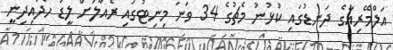
އަލްމޭރިއާގެ ދަނޑުގައި ކުޅުނު މެޗުގެ 34 ވަނަ މިނިޓުގައި ރެއާލަށް ލީޑު ހޯދައިދިނީ